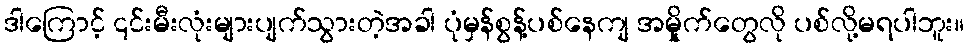
ဒါကြောင့် ၎င်းမီးလုံးများပျက်သွားတဲ့အခါ ပုံမှန်စွန့်ပစ်နေကျ အမှိုုက်တွေလို ပစ်လို့မရပါဘူး။